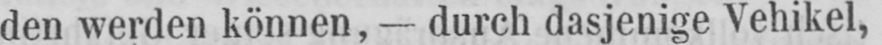
den werden können, - durch dasjenige Vehikel,